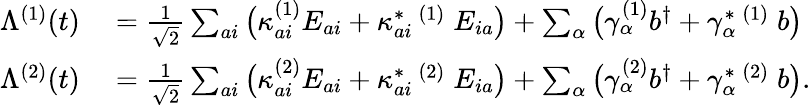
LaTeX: \begin{array}{rl}{\Lambda^{(1)}(t)}&{{}=\frac{1}{\sqrt{2}}\sum_{ai}\big(\kappa_{ai}^{(1)}E_{ai}+\kappa_{ai}^{*}\, ^{(1)}\; E_{ia}\big)+\sum_{\alpha}\big(\gamma_{\alpha}^{(1)}b^{\dagger}+\gamma_{\alpha}^{*}\, ^{(1)}\; b\big)}\\ {\Lambda^{(2)}(t)}&{{}=\frac{1}{\sqrt{2}}\sum_{ai}\big(\kappa_{ai}^{(2)}E_{ai}+\kappa_{ai}^{*}\, ^{(2)}\; E_{ia}\big)+\sum_{\alpha}\big(\gamma_{\alpha}^{(2)}b^{\dagger}+\gamma_{\alpha}^{*}\, ^{(2)}\; b\big).}\end{array}